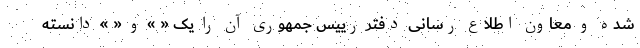
شده و معاون اطلاع رسانی دفتر رییس جمهوری آن را یک « » و « » دانسته